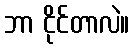
ဘာ ငိုင်တာလဲ။